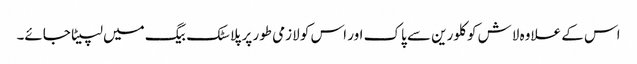
اس کے علاوہ لاش کو کلورین سے پاک اور اس کو لازمی طور پر پلاسٹک بیگ میں لپیٹا جائے۔